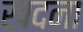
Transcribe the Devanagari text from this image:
खदना